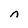
Character: n